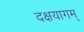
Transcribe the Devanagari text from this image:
दक्षयागम्